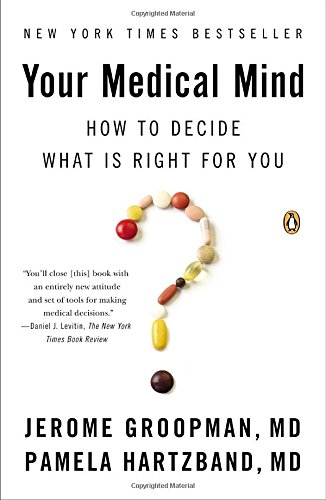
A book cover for Your Medical Mind: How to Decide What Is Right for You; Jerome Groopman; Medical Books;